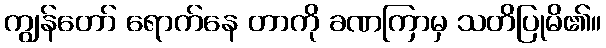
ကျွန်တော် ရောက်နေ တာကို ခဏကြာမှ သတိပြုမိ၏။